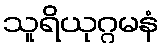
သူရိယုဂ္ဂမနံ